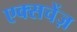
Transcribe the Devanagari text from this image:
एक्सचेंज़